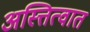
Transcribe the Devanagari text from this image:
अस्त्तित्वात